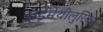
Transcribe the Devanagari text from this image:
डाईमेथीलुरिया